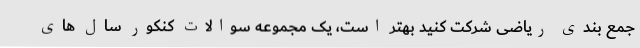
جمع بندی ریاضی شرکت کنید بهتر است، یک مجموعه سوالات کنکور سال های